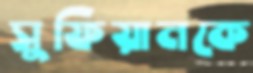
সুফিয়ানকে